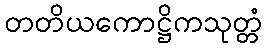
တတိယကောဋ္ဌိကသုတ္တံ